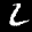
Label: 2